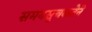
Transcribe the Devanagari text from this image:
समयसूचकतेने